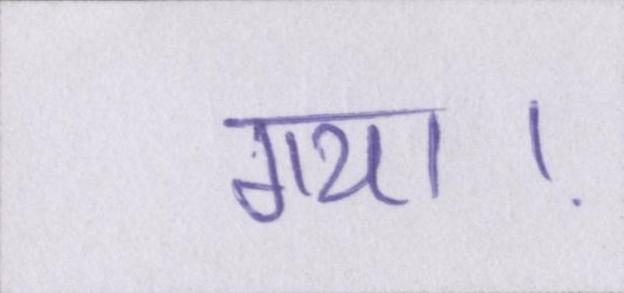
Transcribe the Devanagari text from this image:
गया।